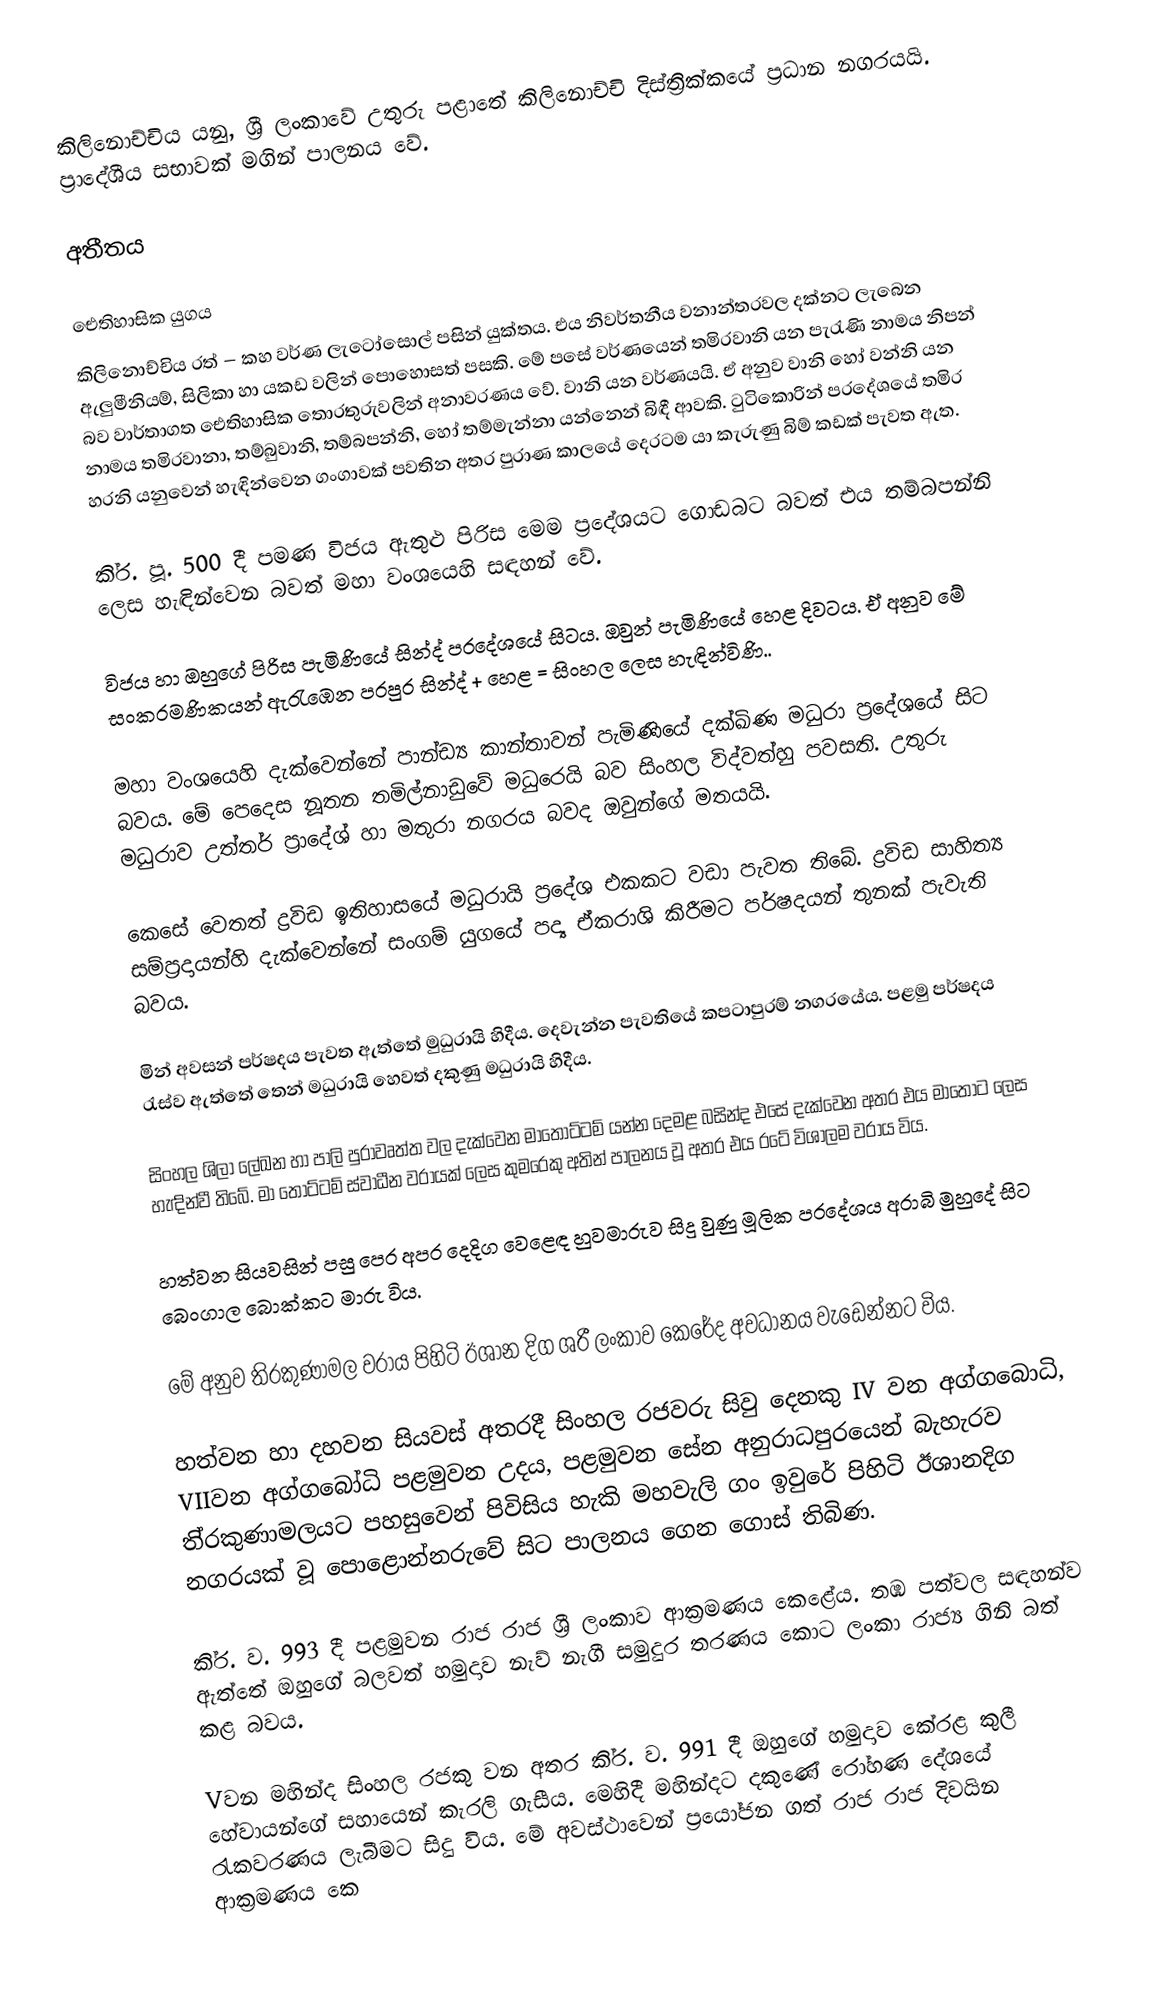
කිලිනොච්චිය යනු, ශ්‍රී ලංකාවේ උතුරු පළාතේ කිලිනොච්චි දිස්ත්‍රික්කයේ ප්‍රධාන නගරයයි. ප්‍රාදේශීය සභාවක් මගින් පාලනය වේ.

අතීතය

ඓතිහාසික යුගය
කිලිනොච්චිය රත් – කහ වර්ණ ලැටෝසොල් පසින් යුක්තය. එය නිවර්තනීය වනාන්තරවල දක්නට ලැබෙන ඇලුමීනියම්, සිලිකා හා යකඩ වලින් පොහොසත් පසකි. මේ පසේ වර්ණයෙන් තමිරවානි යන පැරැණි නාමය නිපන් බව වාර්තාගත ඓතිහාසික තොරතුරුවලින් අනාවරණය වේ. වානි යන වර්ණයයි. ඒ අනුව වානි හෝ වන්නි යන නාමය තමිරවානා, තම්බුවානි, තම්බපන්නි, හෝ තම්මැන්නා යන්නෙන් බිඳී ආවකි. ටුටිකොරින් ප‍්‍රදේශයේ තමිර හරනි යනුවෙන් හැඳින්වෙන ගංගාවක් පවතින අතර පුරාණ කාලයේ දෙරටම යා කැරුණු බිම් කඩක් පැවත ඇත.

කි‍්‍ර. පූ. 500 දී පමණ විජය ඇතුළු පිරිස මෙම ප‍්‍රදේශයට ගොඩබට බවත් එය තම්බපන්නි ලෙස හැඳින්වෙන බවත් මහා වංශයෙහි සඳහන් වේ.

විජය හා ඔහුගේ පිරිස පැමිණියේ සින්ද් ප‍්‍රදේශයේ සිටය. ඔවුන් පැමිණියේ හෙළ දිවටය. ඒ අනුව මේ සංක‍්‍රමණිකයන් ඇරැඹෙන පරපුර සින්ද් + හෙළ = සිංහල ලෙස හැඳින්විණි..

මහා වංශයෙහි දැක්වෙන්නේ පාන්ඩ්‍ය කාන්තාවන් පැමිණියේ දක්ඛිණ මධුරා ප‍්‍රදේශයේ සිට බවය. මේ පෙදෙස නූතන තමිල්නාඩුවේ මධුරෙයි බව සිංහල විද්වත්හු පවසති. උතුරු මධුරාව උත්තර් ප‍්‍රාදේශ් හා මතුරා නගරය බවද ඔවුන්ගේ මතයයි.

කෙසේ වෙතත් ද්‍රවිඩ ඉතිහාසයේ මධුරායි ප‍්‍රදේශ එකකට වඩා පැවත තිබේ. ද්‍රවිඩ සාහිත්‍ය සම්ප‍්‍රදායන්හි දැක්වෙන්නේ සංගම් යුගයේ පද්‍ය ඒකරාශි කිරීමට පර්ෂදයන් තුනක් පැවැති බවය.

මින් අවසන් පර්ෂදය පැවත ඇත්තේ මුධුරායි හිදීය. දෙවැන්න පැවතියේ කපටාපුරම් නගරයේය. පළමු පර්ෂදය රැස්ව ඇත්තේ තෙන් මධුරායි හෙවත් දකුණු මධුරායි හිදීය.

සිංහල ශිලා ලේඛන හා පාලි පුරාවෘත්ත වල දැක්වෙන මාතොට්ටම් යන්න දෙමළ බසින්ද එසේ දැක්වෙන අතර එය මාතොට ලෙස හැඳින්වී තිබේ. මා තොට්ටම් ස්වාධීන වරායක් ලෙස කුමරෙකු අතින් පාලනය වූ අතර එය රටේ විශාලම වරාය විය.

හත්වන සියවසින් පසු පෙර අපර දෙදිග වෙළෙඳ හුවමාරුව සිදු වුණු මූලික ප‍්‍රදේශය අරාබි මුහුදේ සිට බෙංගාල බොක්කට මාරු විය.

මේ අනුව ති‍්‍රකුණාමල වරාය පිහිටි ඊශාන දිග ශ‍්‍රී ලංකාව කෙරේද අවධානය වැඩෙන්නට විය.

හත්වන හා දහවන සියවස් අතරදී සිංහල රජවරු සිවු දෙනකු  IV වන අග්ගබොධි, VIIවන අග්ගබෝධි පළමුවන උදය, පළමුවන සේන අනුරාධපුරයෙන් බැහැරව ති‍්‍රකුණාමලයට පහසුවෙන් පිවිසිය හැකි මහවැලි ගං ඉවුරේ පිහිටි ඊශානදිග නගරයක් වූ පොළොන්නරුවේ සිට පාලනය ගෙන ගොස් තිබිණ.

කි‍්‍ර. ව. 993 දී පළමුවන රාජ රාජ ශ‍්‍රී ලංකාව ආක‍්‍රමණය කෙළේය. තඹ පත්වල සඳහන්ව ඇත්තේ ඔහුගේ බලවත් හමුදාව නැව් නැගී සමුදුර තරණය කොට ලංකා රාජ්‍ය ගිනි බත් කළ බවය.

Vවන මහින්ද සිංහල රජකු වන අතර කි‍්‍ර. ව. 991 දී ඔහුගේ හමුදාව කේරළ කුලී හේවායන්ගේ සහායෙන් කැරලි ගැසීය. මෙහිදී මහින්දට දකුණේ රෝහණ දේශයේ රැකවරණය ලැබීමට සිදු විය. මේ අවස්ථාවෙන් ප‍්‍රයෝජන ගත් රාජ රාජ දිවයින ආක‍්‍රමණය කෙ